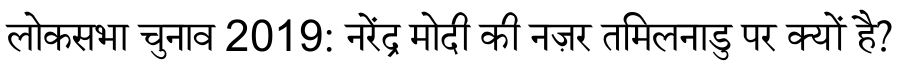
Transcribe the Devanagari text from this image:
लोकसभा चुनाव 2019: नरेंद्र मोदी की नज़र तमिलनाडु पर क्यों है?